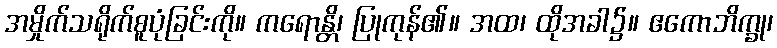
အမှိုက်သရိုက်စူပုံခြင်းကို။ ကရောန္တိ၊ ပြုကုန်၏။ အထ၊ ထိုအခါ၌။ ဧကောဘိက္ခု၊